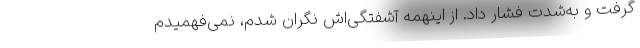
گرفت و به‌شدت فشار داد. از اینهمه آشفتگی‌اش نگران شدم، نمی‌فهمیدم